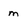
Character: m